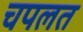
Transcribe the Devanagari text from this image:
चपलत